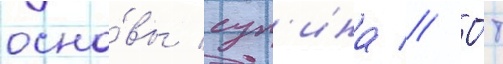
осно́вы суп'ина // О́т